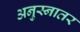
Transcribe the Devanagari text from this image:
अनुस्नातर